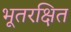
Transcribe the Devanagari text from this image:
भूतरक्षित